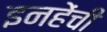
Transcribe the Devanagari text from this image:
इनहेंची